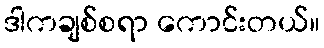
ဒါကချစ်စရာ ကောင်းတယ်။